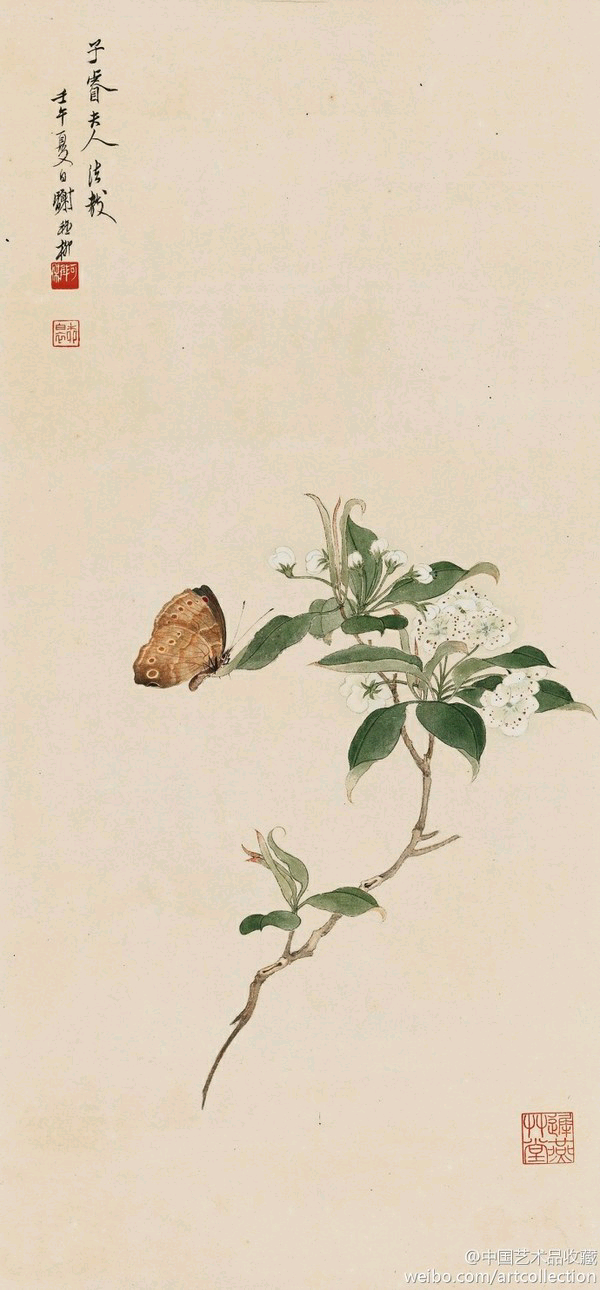
此情可待成追忆？只是当时已惘然。